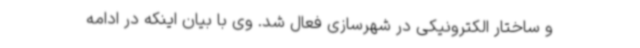
و ساختار الکترونیکی در شهرسازی فعال شد. وی با بیان اینکه در ادامه